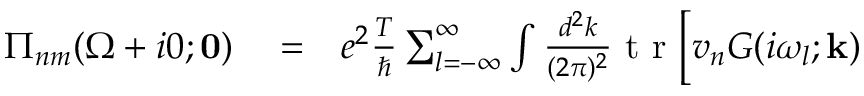
\begin{array} { r l r } { \Pi _ { n m } ( \Omega + i 0 ; \mathbf { 0 } ) } & { { } = } & { e ^ { 2 } \frac { T } { \hbar } \sum _ { l = - \infty } ^ { \infty } \int \frac { d ^ { 2 } k } { ( 2 \pi ) ^ { 2 } } \mathrm { ~ t ~ r ~ } \Big [ v _ { n } G ( i \omega _ { l } ; \mathbf { k } ) } \end{array}